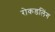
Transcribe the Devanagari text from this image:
रोकडलिंग